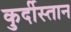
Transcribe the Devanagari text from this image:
कुर्दीस्तान